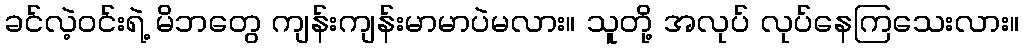
ခင်လဲ့ဝင်းရဲ့ မိဘတွေ ကျန်းကျန်းမာမာပဲမလား။ သူတို့ အလုပ် လုပ်နေကြသေးလား။